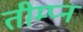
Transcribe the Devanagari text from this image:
तीम्प्न